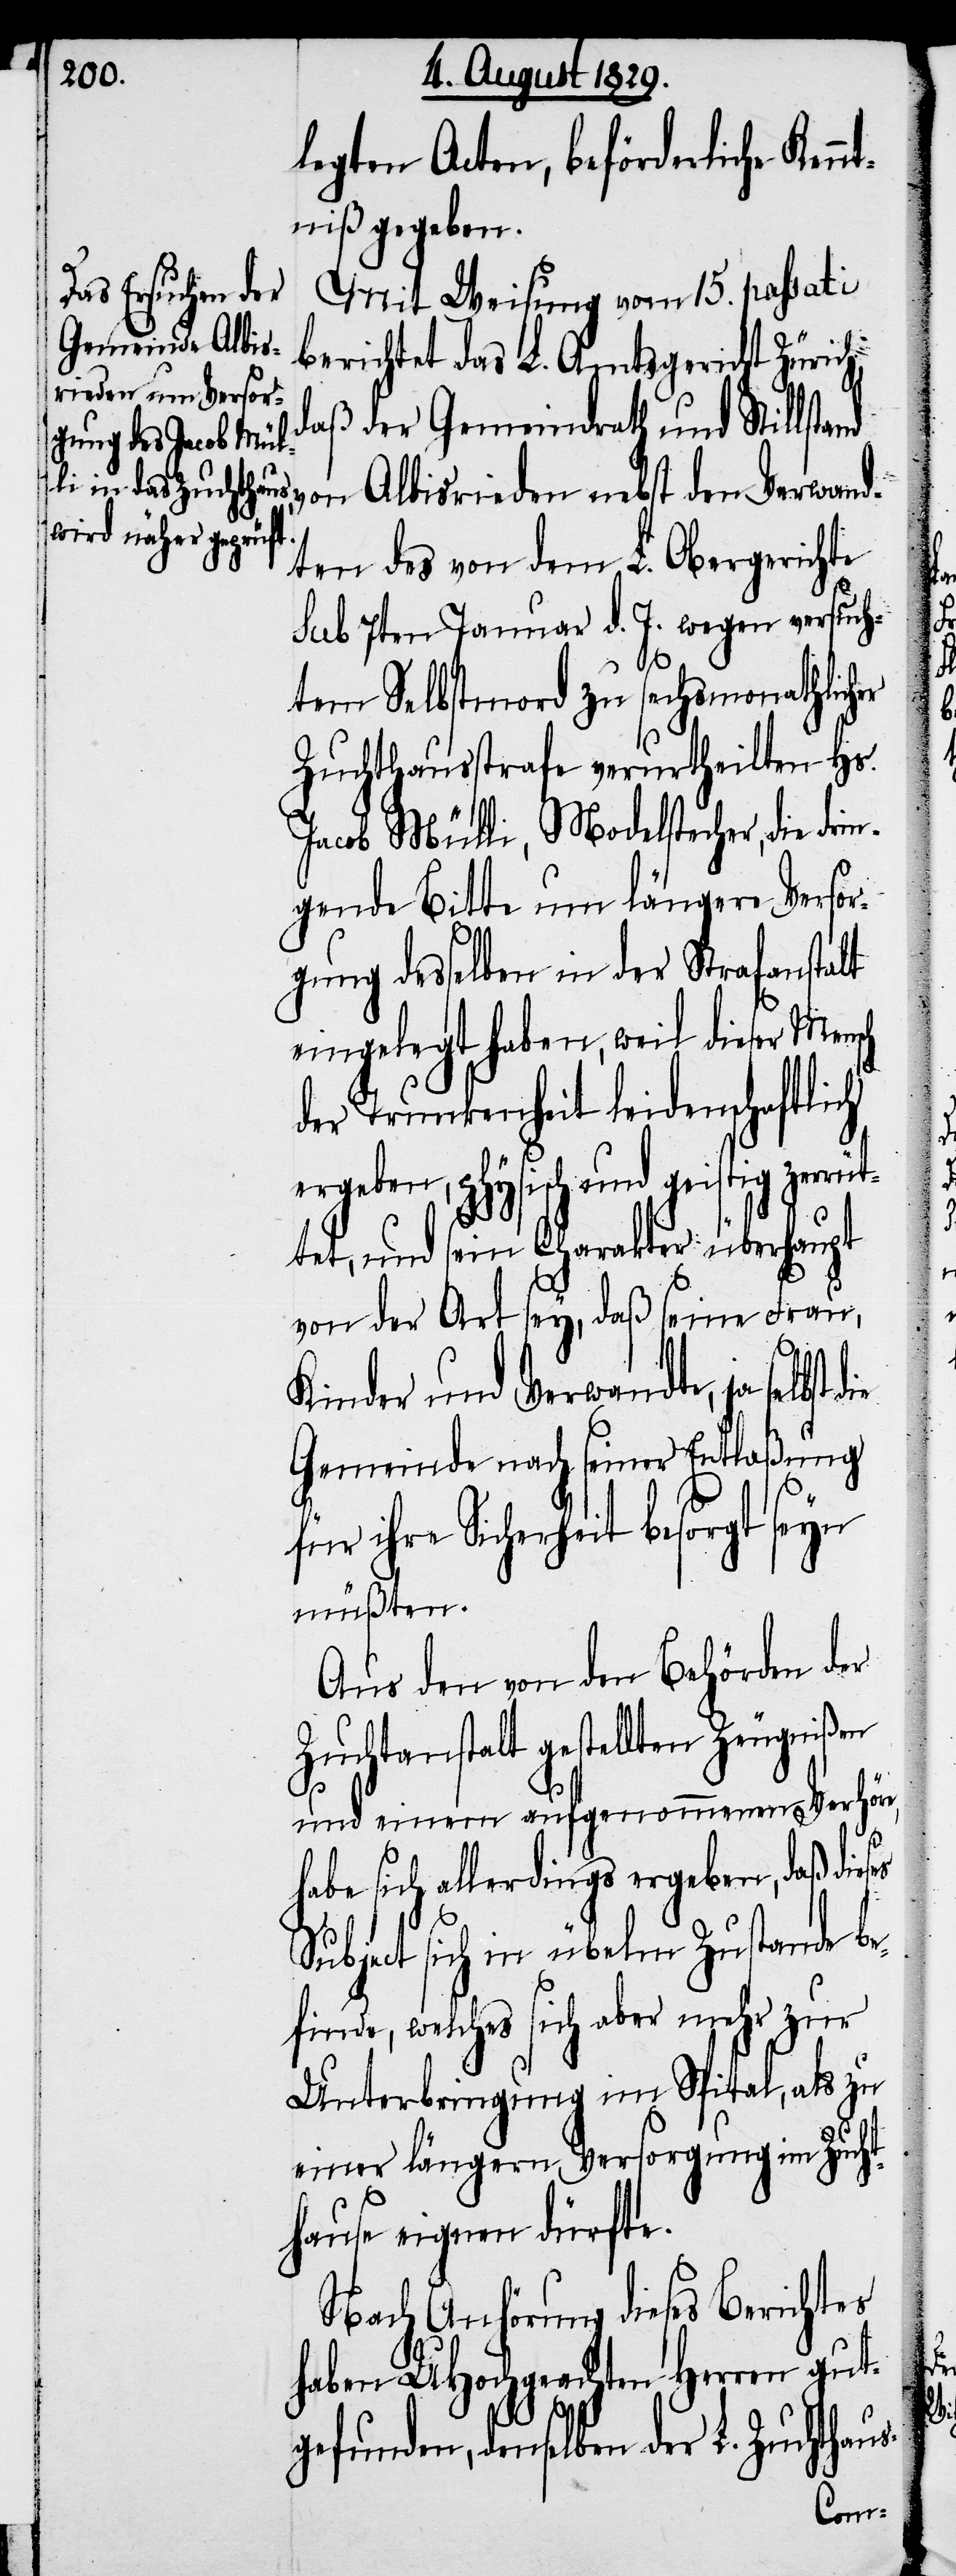
s-

legten Acten, beförderlich Kennt¬
niß gegeben.
Mit Weisung vom 15. passati
berichtet das L. Amtsgericht Zürich,
daß der Gemeindrath und Stillstand
von Albisrieden nebst den Verwand¬
ten des von dem L. Obergerichte
sub 7ten Januar d. J. wegen versuch¬
tem Selbstmord zu sechsmonathlich¬
Zuchthausstrafe verurtheilten Hs.
Jacob Mülli, Modelstecher, die drin¬
gende Bitte um längere Versor¬
sch
gung desselben in der Strafanstalt
eingelegt haben, weil dieser Men¬
der Trunkenheit leidenschaftlich
ergeben, physisch und geistig zerrü¬
tet, und sein Charakter überhaupt
von der Art sey, daß seine Frau,
Kinder und Verwandte, ja selbst
Gemeinde nach seiner Entlaßung
für ihre Sicherheit besorgt seyn
müßten.
Aus den von den Behörden der
Zuchtanstalt gestellten Zeugnißen
er
und einem aufgenommenen Verhöre,
habe sich allerdings ergeben, daß dies¬
Subject sich in übelm Zustande be¬
finde, welches sich aber mehr zur
Unterbringung im Spital, als zu
einer längern Versorgung im Zucht¬
hause eignen dürfte.
Nach Anhörung dieses Berichtes
haben UHochgeachten Herren gut¬
gefunden, denselben der L. Zuchthau¬